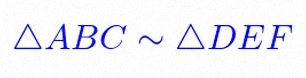
\triangle ABC\sim\triangle DEF